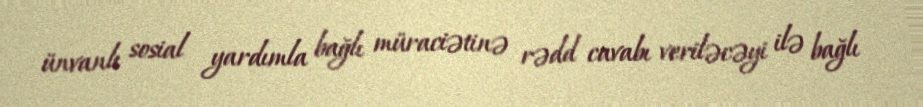
ünvanlı sosial yardımla bağlı müraciətinə rədd cavabı veriləcəyi ilə bağlı